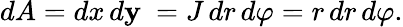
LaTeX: dA=dx\, d\mathbf{y}\ =J\, dr\, d\varphi=r\, dr\, d\varphi.